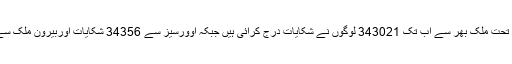
کراچی(این این آئی)سٹیزن پورٹل کے تحت ملک بھر سے اب تک 343021 لوگوں نے شکایات درج کرائی ہیں جبکہ اوورسیز سے 34356 شکایات اوربیرون ملک سے 1628 شکایات موصول ہوئی ہیں۔